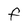
Character: F